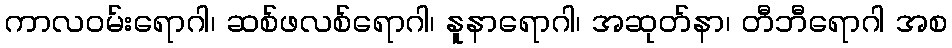
ကာလဝမ်းရောဂါ၊ ဆစ်ဖလစ်ရောဂါ၊ နူနာရောဂါ၊ အဆုတ်နာ၊ တီဘီရောဂါ အစ